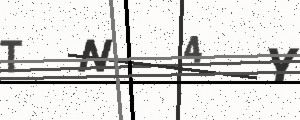
Text: TN4Y